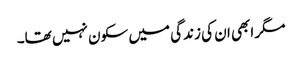
مگر ابھی ان کی زندگی میں سکون نہیں تھا۔